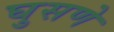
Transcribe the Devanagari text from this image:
घुसणे